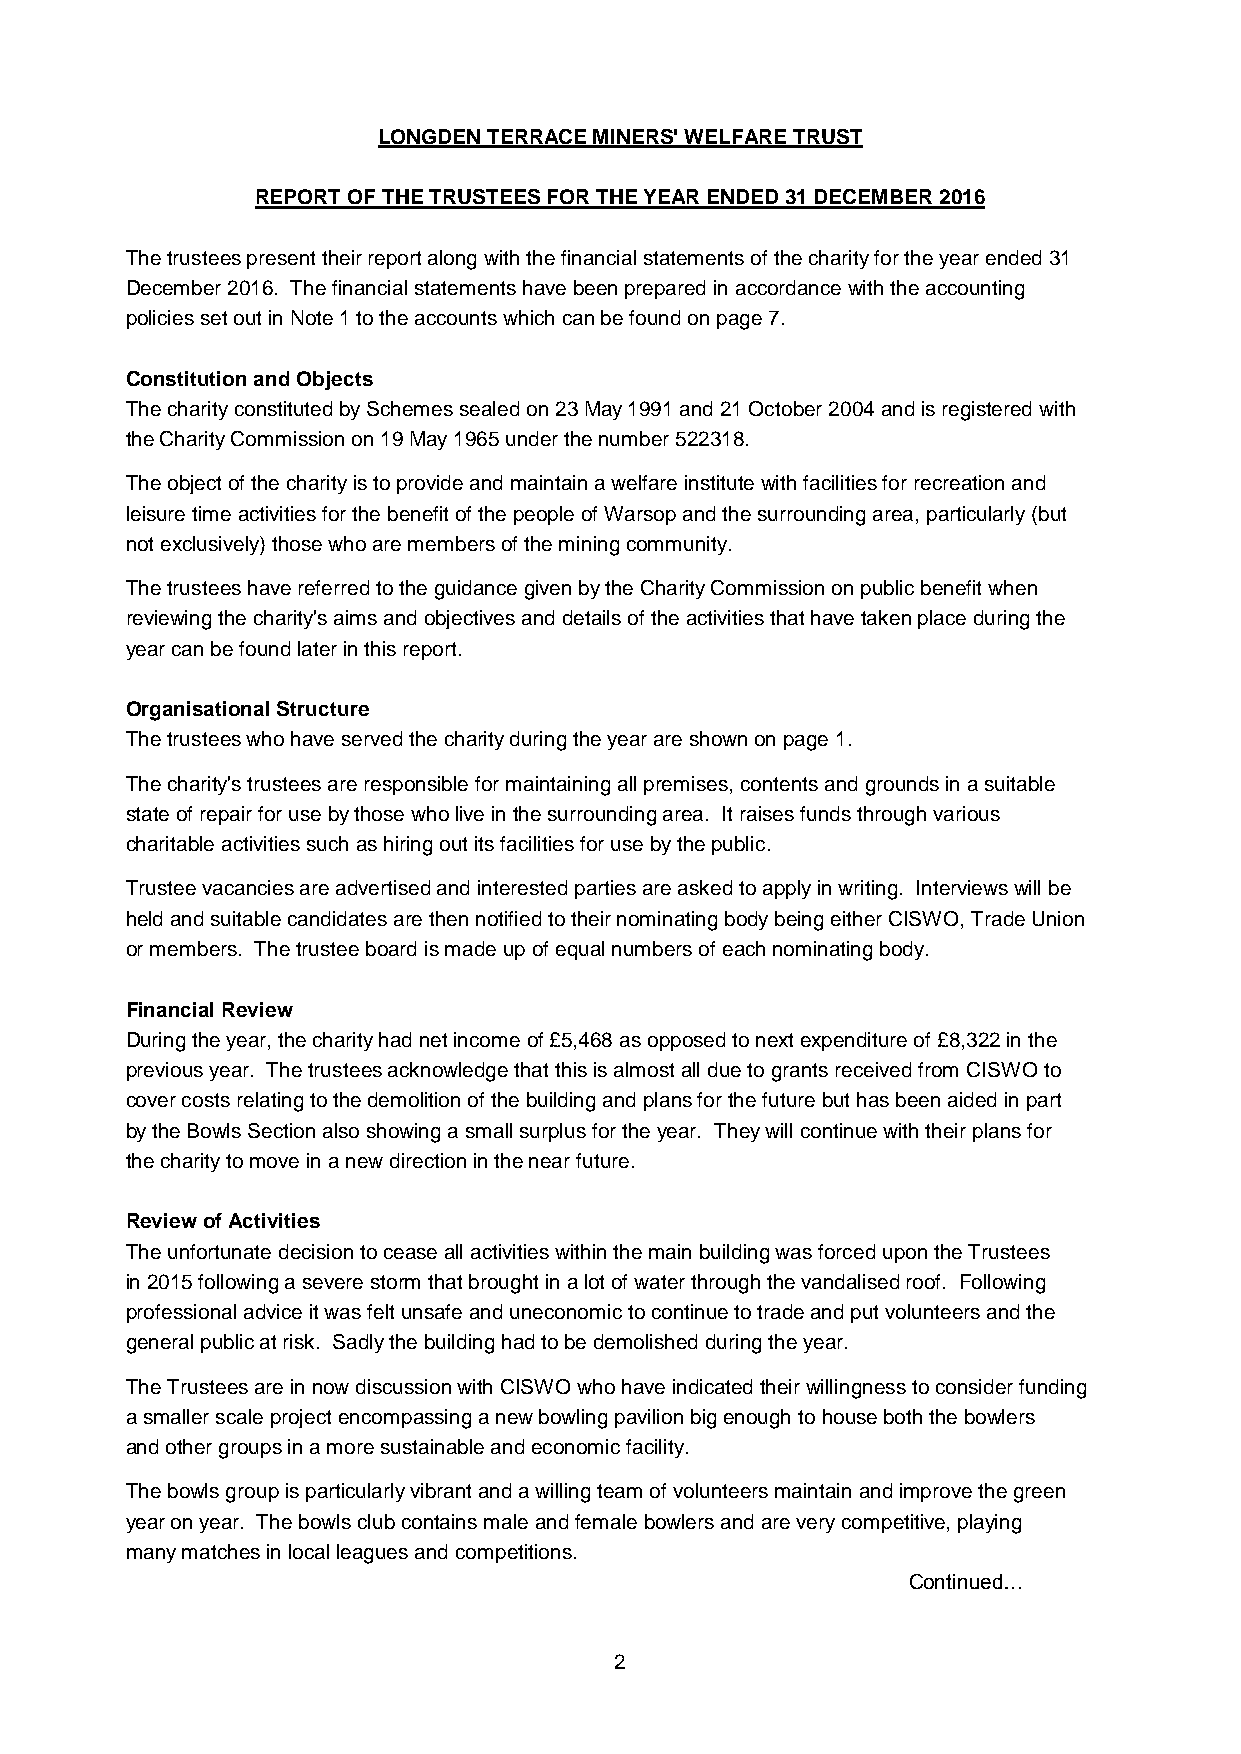
LONGDEN TERRACE MINERS' WELFARE TRUST
 REPORT OF THE TRUSTEES FOR THE YEAR ENDED 31 DECEMBER 2016
 The trustees present their report along with the financial statements of the charity for the year ended 31
 December 2016. The financial statements have been prepared in accordance with the accounting
 policies set out in Note 1 to the accounts which can be found on page 7.
 Constitution and Objects
 The charity constituted by Schemes sealed on 23 May 1991 and 21 October 2004 and is registered with
 the Charity Commission on 19 May 1965 under the number 522318.
 The object of the charity is to provide and maintain a welfare institute with facilities for recreation and
 leisure time activities for the benefit of the people of Warsop and the surrounding area, particularly (but
 not exclusively) those who are members of the mining community.
 The trustees have referred to the guidance given by the Charity Commission on public benefit when
 reviewing the charity's aims and objectives and details of the activities that have taken place during the
 year can be found later in this report.
 Organisational Structure
 The trustees who have served the charity during the year are shown on page 1.
 The charity's trustees are responsible for maintaining all premises, contents and grounds in a suitable
 state of repair for use by those who live in the surrounding area. It raises funds through various
 charitable activities such as hiring out its facilities for use by the public.
 Trustee vacancies are advertised and interested parties are asked to apply in writing. Interviews will be
 held and suitable candidates are then notified to their nominating body being either CISWO, Trade Union
 or members. The trustee board is made up of equal numbers of each nominating body.
 Financial Review
 During the year, the charity had net income of £5,468 as opposed to next expenditure of £8,322 in the
 previous year. The trustees acknowledge that this is almost all due to grants received from CISWO to
 cover costs relating to the demolition of the building and plans for the future but has been aided in part
 by the Bowls Section also showing a small surplus for the year. They will continue with their plans for
 the charity to move in a new direction in the near future.
 Review of Activities
 The unfortunate decision to cease all activities within the main building was forced upon the Trustees
 in 2015 following a severe storm that brought in a lot of water through the vandalised roof. Following
 professional advice it was felt unsafe and uneconomic to continue to trade and put volunteers and the
 general public at risk. Sadly the building had to be demolished during the year.
 The Trustees are in now discussion with CISWO who have indicated their willingness to consider funding
 a smaller scale project encompassing a new bowling pavilion big enough to house both the bowlers
 and other groups in a more sustainable and economic facility.
 The bowls group is particularly vibrant and a willing team of volunteers maintain and improve the green
 year on year. The bowls club contains male and female bowlers and are very competitive, playing
 many matches in local leagues and competitions.
 Continued…
 2